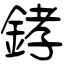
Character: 﨧